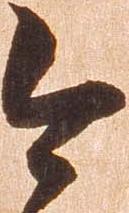
今